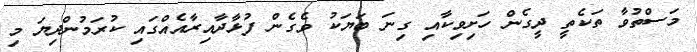
މަސްތުވާ ތަކެތީ ދީގެން ހަށިވިކާއި ގިނަ ބަޔަކު ވެގެން ފުޅާދާއިރާއެއްގައި ކުރަމުންދިޔަ މި